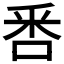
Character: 𠳅